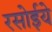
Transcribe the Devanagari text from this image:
रसोईये